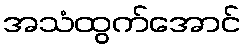
အသံထွက်အောင်